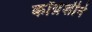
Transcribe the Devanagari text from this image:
कॉग्रेशीने